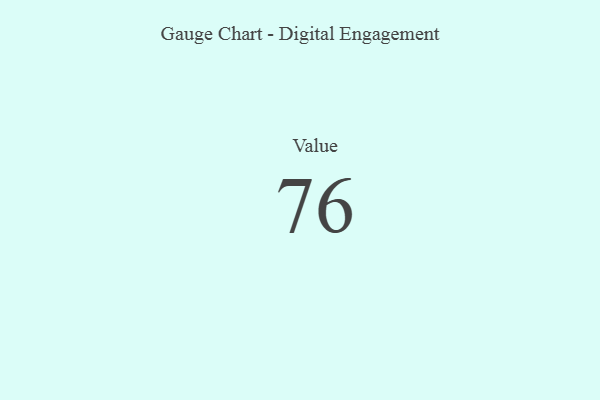
{"axis": {"x": "Metric", "y": "Value"}, "legend": [""], "data": [{"x": "Value", "y": 76, "type": ""}]}